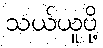
သယ်ယူပို့